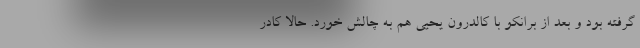
گرفته بود و بعد از برانکو با کالدرون یحیی هم به چالش خورد. حالا کادر